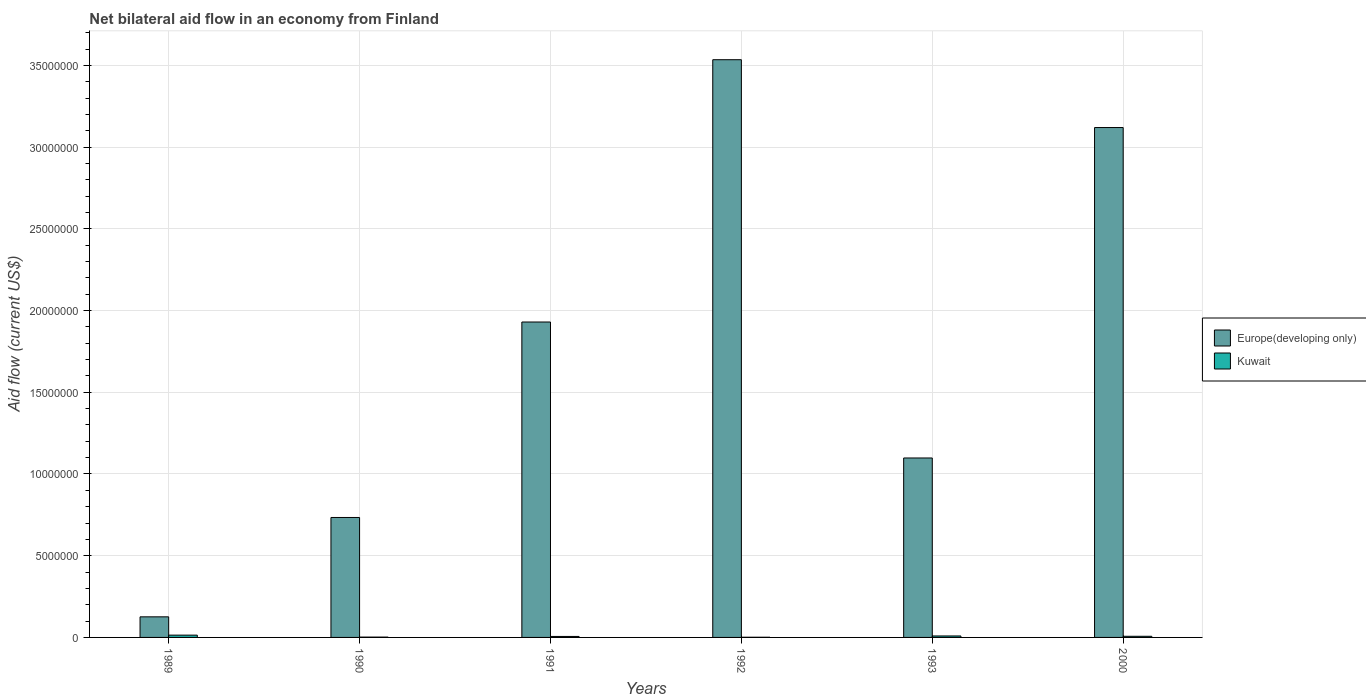
| Years | Europe(developing only) | Kuwait |
 | --- | --- | --- |
 | 1989 | 1.26e+06 | 1.4e+05 |
 | 1990 | 7.34e+06 | 2e+04 |
 | 1991 | 1.93e+07 | 6e+04 |
 | 1992 | 3.54e+07 | 1e+04 |
 | 1993 | 1.1e+07 | 9e+04 |
 | 2000 | 3.12e+07 | 7e+04 |